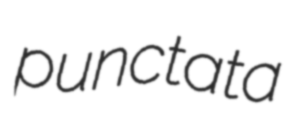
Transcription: punctata